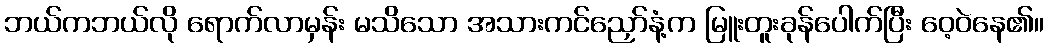
ဘယ်ကဘယ်လို ရောက်လာမှန်း မသိသော အသားကင်ညှော်နံ့က မြူးတူးခုန်ပေါက်ပြီး ဝေ့ဝဲနေ၏။